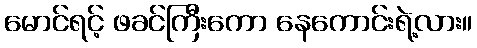
မောင်ရင့် ဖခင်ကြီးကော နေကောင်းရဲ့လား။